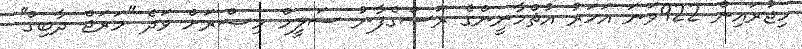
ހިޖުރައިން 922ވަނަ އަހަރު އުޘްމާނީންގެ ރަސްގެފާނު ސަލީމް މިޞްރަށް ވަދެ ''މަރަޖް ދާބިގް''